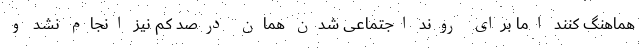
هماهنگ کنند اما برای روند اجتماعی شدن همان درصد کم نیز انجام نشد و